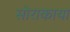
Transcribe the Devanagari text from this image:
सोराकाया